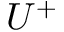
U ^ { + }